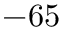
- 6 5